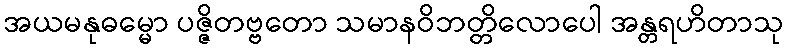
အယမနုဓမ္မော ပဇ္ဇိတဗ္ဗတော သမာနဝိဘတ္တိလောပေါ အန္တရဟိတာသု